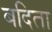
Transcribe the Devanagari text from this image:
बदिता